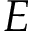
E